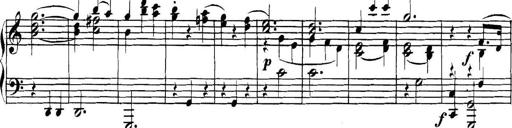
Title: Collected Piano Sonatas
Composer: Muzio Clementi